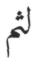
لثم